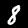
Label: 8